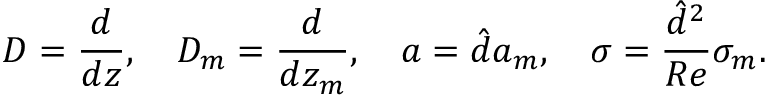
D = \frac { d } { d z } , \quad D _ { m } = \frac { d } { d z _ { m } } , \quad a = \hat { d } a _ { m } , \quad \sigma = \frac { \hat { d } ^ { 2 } } { R e } \sigma _ { m } .